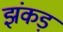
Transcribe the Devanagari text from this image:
झंकड़